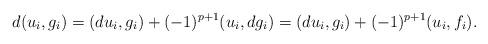
LaTeX: \begin{align*}d(u_{i}, g_{i}) &= (du_{i}, g_{i}) + (-1)^{p+1}(u_{i}, dg_{i}) = (du_{i}, g_{i}) + (-1)^{p+1}(u_{i}, f_{i}). \end{align*}